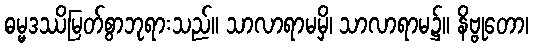
ဓမ္မဒဿိမြတ်စွာဘုရားသည်။ သာလာရာမမှိ၊ သာလာရာမ၌။ နိဗ္ဗုတော၊